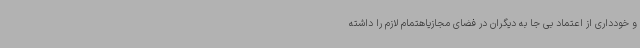
و خودداری از اعتماد بی جا به دیگران در فضای مجازیاهتمام لازم را داشته